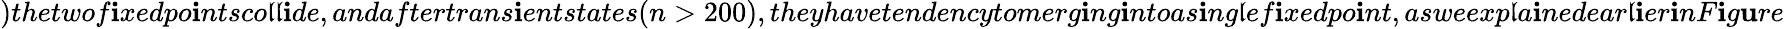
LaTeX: )thetwof\mathbf{i}xedpo\mathbf{i}ntsco\mathfrak{l}\mathfrak{l}\mathbf{i}de,andaftertrans\mathbf{i}entstates(n>200),theyhavetendencytomerg\mathbf{i}ng\mathbf{i}ntoas\mathbf{i}ng\mathfrak{l}ef\mathbf{i}xedpo\mathbf{i}nt,asweexp\mathfrak{l}a\mathbf{i}nedear\mathfrak{l}\mathbf{i}er\mathbf{i}nF\mathbf{i}g\mathbf{u}re